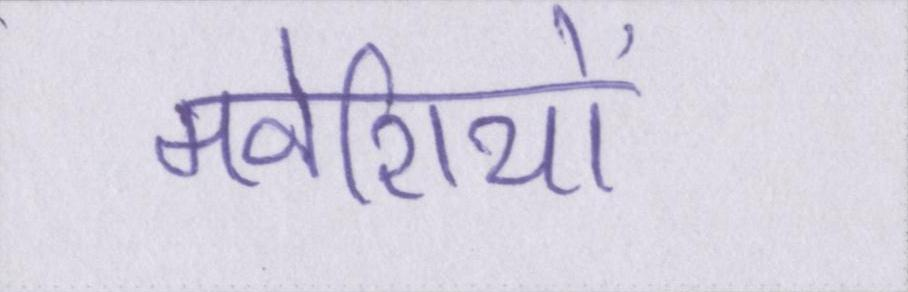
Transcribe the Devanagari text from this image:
मवेशियों